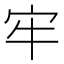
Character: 牢